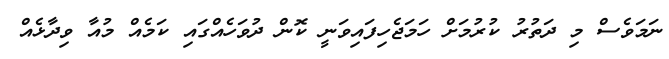
ނަމަވެސް މި ދަތުރު ކުރުމަށް ހަމަޖެހިފައިވަނީ ކޮން ދުވަހެއްގައި ކަމެއް މުއާ ވިދާޅެއް